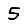
Digit: 5